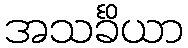
အသင်္ခိယာ